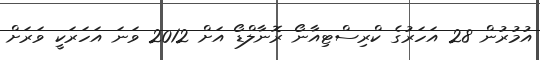
އުމުރުން 28 އަހަރުގެ ކްރިސްޓިއާނޯ ރޮނާލްޑޯ އަށް 2012 ވަނަ އަހަރަކީ ވަރަށް